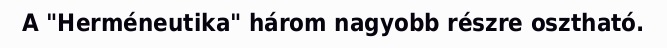
A "Herméneutika" három nagyobb részre osztható.